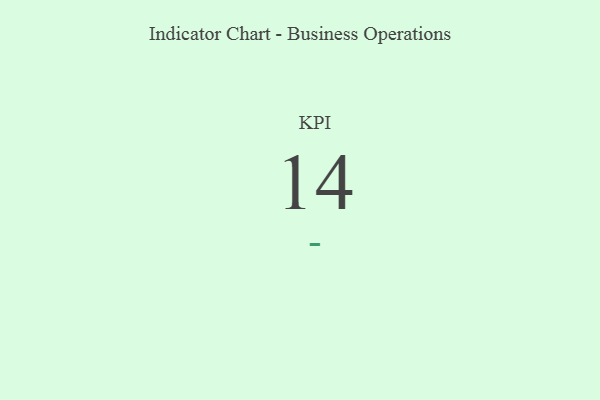
{"axis": {"x": "KPI", "y": "Value"}, "legend": [""], "data": [{"x": "KPI", "y": 14, "type": ""}]}